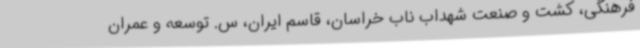
فرهنگی، کشت و صنعت شهداب ناب خراسان، قاسم ایران، س. توسعه و عمران